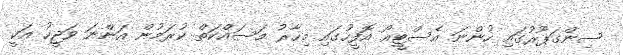
ސިންގަޕޫރުގައި ހުންނަ އެސްޓީއޯ އޮފީހުގައި މިހާރު މަސައްކަތް ކުރަމުން އަންނަ ވަޖީހު އަކީ